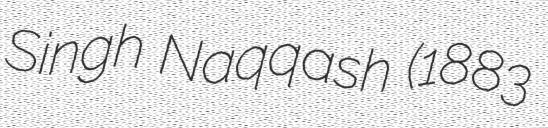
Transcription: Singh Naqqash (1883